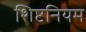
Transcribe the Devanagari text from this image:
शिष्टनियम